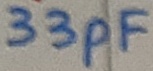
Text: 33pF